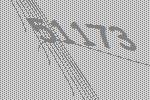
51173